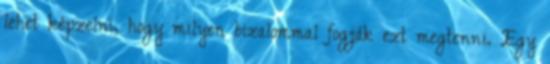
lehet képzelni, hogy milyen bizalommal fogják ezt megtenni. Egy